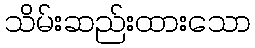
သိမ်းဆည်းထားသော